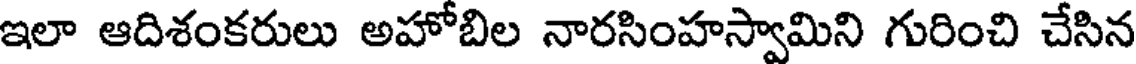
ఇలా ఆదిశంకరులు అహోబిల నారసింహస్వామిని గురించి చేసిన